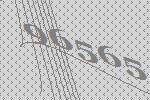
96565